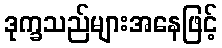
ဒုက္ခသည်များအနေဖြင့်